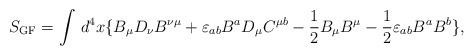
LaTeX: \begin{align*}S_{\rm GF}=\int\,d^4x\{B_\mu D_\nu B^{\nu\mu}+ \varepsilon_{ab}B^aD_\mu C^{\mu b}-\frac{1}{2}B_\mu B^\mu -\frac{1}{2}\varepsilon_{ab}B^aB^b\},\end{align*}